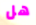
هل